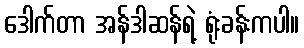
ဒေါက်တာ အန်ဒါဆန်ရဲ့ ရုံးခန်းကပါ။